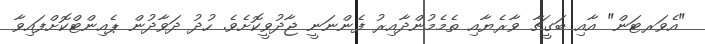
"އެވަރޓަން" އާއި ބަގީޗާ ވާރެޔާއި ތެމެމުންދާއިރު ފެންނަނީ ޖާދުވީކޮށެވެ. ހުދު ދަވާދުން ޕެއިންޓްކޮށްފައިވާ